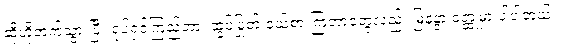
ဆိုဟိုဘက်သွားပြီး ရုပ်ရှင်ကြည့်တာ၊ ဆွပ်ပြုတ် ဝယ်စားကြတာတွေလည်း မြနန္ဒာ ဝတ္ထုမှာ ပါပါတယ်။